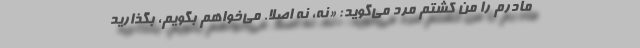
مادرم را من کشتم مرد می‌گوید: «نه، نه اصلاً. می‌خواهم بگویم، بگذارید